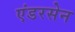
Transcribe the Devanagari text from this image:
एंडरसेन